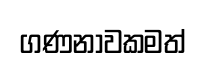
ගණනාවකමත්